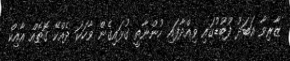
ޒާރިވާ އަބަދު ފޫބުޑުގައި ވިއްދާފައި ހުންނާތީ ގުޅައިގެން ވާހަކަ ދެއްކޭ ގޮތެއް އާއިކް